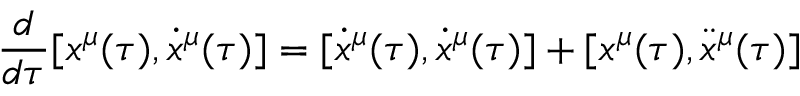
\frac { d } { d \tau } [ x ^ { \mu } ( \tau ) , \dot { x } ^ { \mu } ( \tau ) ] = [ \dot { x } ^ { \mu } ( \tau ) , \dot { x } ^ { \mu } ( \tau ) ] + [ x ^ { \mu } ( \tau ) , \ddot { x } ^ { \mu } ( \tau ) ]